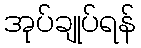
အုပ်ချုပ်ရန်